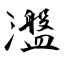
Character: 瀊